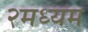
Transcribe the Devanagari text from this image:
२मध्यम